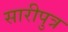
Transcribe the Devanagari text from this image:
सारीपुत्र